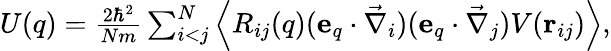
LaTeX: \begin{array}{r}{U(q)=\frac{2\hbar^{2}}{Nm}\sum_{i<j}^{N}\left\langle R_{ij}(q)(\mathbf e_{q}\cdot\vec{\nabla}_{i})(\mathbf e_{q}\cdot\vec{\nabla}_{j})V(\mathbf r_{ij})\right\rangle,}\end{array}